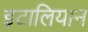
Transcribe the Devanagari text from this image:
इटालियान